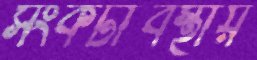
সংকটাবস্থায়